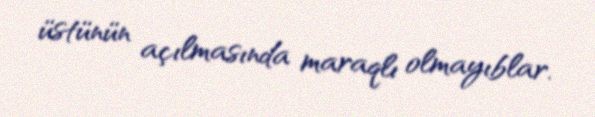
üstünün açılmasında maraqlı olmayıblar.